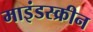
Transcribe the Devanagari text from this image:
माइंडस्क्रीन